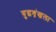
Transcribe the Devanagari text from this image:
युद्धशृंखला